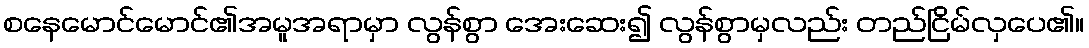
စနေမောင်မောင်၏အမူအရာမှာ လွန်စွာ အေးဆေး၍ လွန်စွာမှလည်း တည်ငြိမ်လှပေ၏။